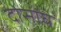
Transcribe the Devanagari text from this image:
दोसांघ